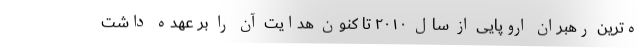
ه‌ترین رهبران اروپایی از سال ۲۰۱۰ تا کنون هدایت آن را بر عهده داشت